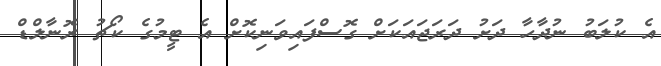
އެ ކުލަބު ނުދާހާ ދަށު ދަރަޖައަކަށް ގޮސްފައިވަނިކޮށް އެ ޓީމުގެ ކޯޗު ރޮނާލްޑް